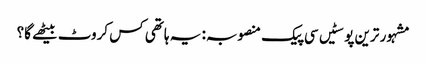
مشہور ترین پوسٹیں	سی پیک منصوبہ: یہ ہاتھی کس کروٹ بیٹھے گا؟